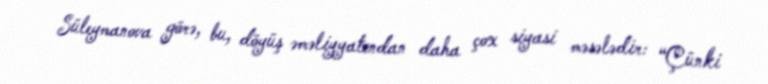
Süleymanova görə, bu, döyüş əməliyyatından daha çox siyasi məsələdir: “Çünki